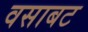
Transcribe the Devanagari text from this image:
वसाबट